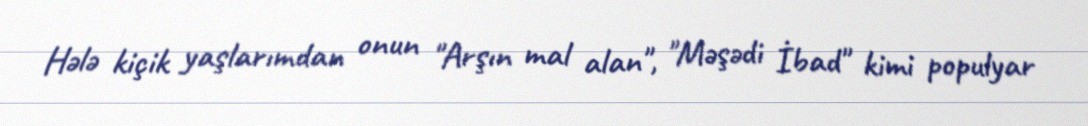
Hələ kiçik yaşlarımdan onun "Arşın mal alan", "Məşədi İbad" kimi populyar